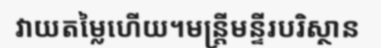
វាយតម្លៃហើយ។មន្ត្រីមន្ទីរបរិស្ថាន